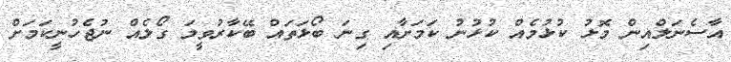
އާސެނަލްއިން މޮޅު ކުޅުމެއް ކުޅުނު ކަމަށާއި ގިނަ ބޯޅަތައް ބޭކާރުވީމަ ގޯލެއް ނުޖެހުނީކަމަށް